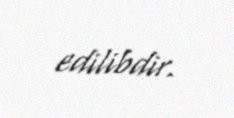
edilibdir.